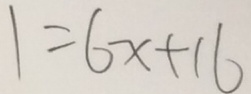
1 = 6 x + 1 6